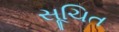
સૂચિત